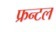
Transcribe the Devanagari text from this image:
फ्रन्‍टल